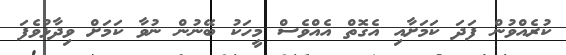
ކުރެއްވުން ފަދަ ކަމަށާއި އެގޮތް އެއްވެސް މީހަކު ބޭނުން ނުވާ ކަމަށް ވިދާޅުވެފަ